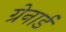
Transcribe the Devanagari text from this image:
ग्रेनार्ड